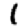
Digit: 1